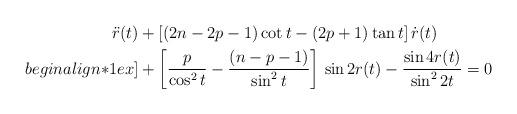
LaTeX: \begin{align*}\small \ddot{ r } ( t ) &+ [ ( 2 n - 2 p - 1 ) \cot t - ( 2 p + 1 ) \tan t ] \, \dot{ r } ( t ) \\begin{align*}1ex] &+ \left[ \frac{ p }{ \cos^2 t } - \frac{ ( n - p - 1 ) }{ \sin^2 t } \right] \, \sin 2 r ( t ) - \frac{ \sin 4 r ( t ) }{ \sin^2 2 t } = 0 \end{align*}